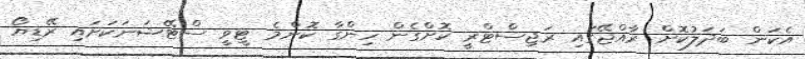
އެކަން ބަދަލުކޮށް ރާއްޖޭގައި ރަޖިސްޓްރީ ކޮށްގެން ހިންގާ ކޮންމެ ޓީވީ ސްޓޭޝަނަކަށައި ރޭޑިޔޯ